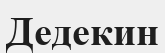
Дедекин